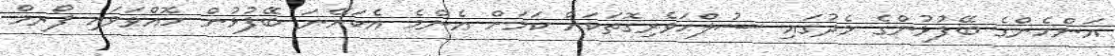
އަންހެންގެ ބޭފުޅުންގެ މެދުގައި ސުލްޙަވެރިގޮތަކަށް ކަމަށް އެންމެ އެކަށޭނަ ބޭފުޅުން ހޮއްވަވައި ފޯރމް